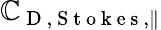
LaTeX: \mathbb{C}_{\mathrm{{~D~,~S~t~o~k~e~s~}},\parallel}